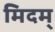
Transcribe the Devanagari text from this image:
मिदम्